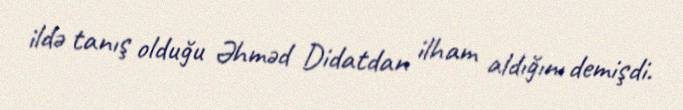
ildə tanış olduğu Əhməd Didatdan ilham aldığını demişdi.